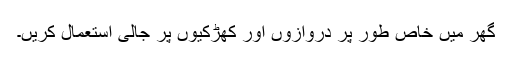
گھر میں خاص طور پر دروازوں اور کھڑکیوں پر جالی استعمال کریں۔